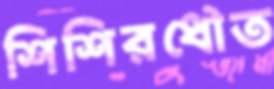
শিশিরধৌত